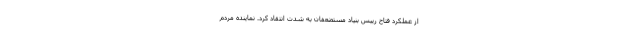
از عملکرد فتاح رییس بنیاد مستضعفان به شدت انتقاد کرد. نماینده مردم